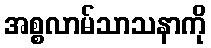
အစ္စလာမ်သာသနာကို